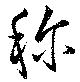
称